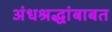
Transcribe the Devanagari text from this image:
अंधश्रद्धांबाबत